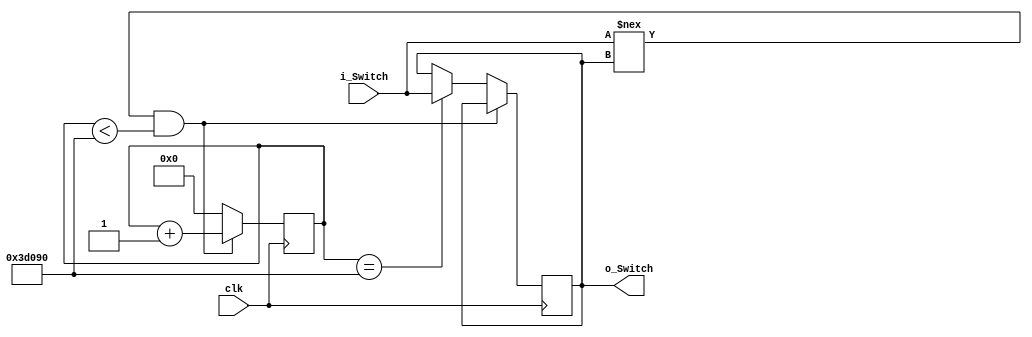
`timescale 1ns / 1ps

module Debounce_Switch (input clk, input i_Switch, output o_Switch);
 
  parameter c_DEBOUNCE_LIMIT = 250000;  // 10 ms at 450 MHz
   
  reg [17:0] r_Count = 0;
  reg r_State = 1'b0;
 
  always @(posedge clk)
  begin
    // Switch input is different than internal switch value, so an input is
    // changing.  Increase the counter until it is stable for enough time.  
    if (i_Switch !== r_State && r_Count < c_DEBOUNCE_LIMIT)
      r_Count <= r_Count + 1;
 
    // End of counter reached, switch is stable, register it, reset counter
    else if (r_Count == c_DEBOUNCE_LIMIT)
    begin
      r_State <= i_Switch;
      r_Count <= 0;
    end 
 
    // Switches are the same state, reset the counter
    else
      r_Count <= 0;
  end
 
  // Assign internal register to output (debounced!)
  assign o_Switch = r_State;
 
endmodule